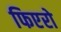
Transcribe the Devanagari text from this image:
फिएरो